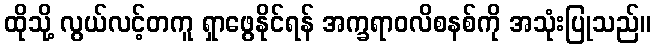
ထိုသို့ လွယ်လင့်တကူ ရှာဖွေနိုင်ရန် အက္ခရာဝလိစနစ်ကို အသုံးပြုသည်။